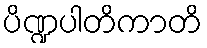
ပိဏ္ဍပါတိကာတိ